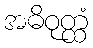
အဓိဝုတ္ထံ